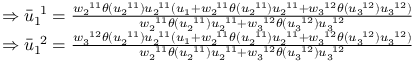
\begin{array} { r l } & { \Rightarrow \bar { u } _ { 1 \ } ^ { \ 1 } = \frac { w _ { 2 \ } ^ { \ 1 1 } \theta ( u _ { 2 \ } ^ { \ 1 1 } ) u _ { 2 \ } ^ { \ 1 1 } ( u _ { 1 } + w _ { 2 \ } ^ { \ 1 1 } \theta ( u _ { 2 \ } ^ { \ 1 1 } ) u _ { 2 \ } ^ { \ 1 1 } + w _ { 3 \ } ^ { \ 1 2 } \theta ( u _ { 3 \ } ^ { \ 1 2 } ) u _ { 3 \ } ^ { \ 1 2 } ) } { w _ { 2 \ } ^ { \ 1 1 } \theta ( u _ { 2 \ } ^ { \ 1 1 } ) u _ { 2 \ } ^ { \ 1 1 } + w _ { 3 \ } ^ { \ 1 2 } \theta ( u _ { 3 \ } ^ { \ 1 2 } ) u _ { 3 \ } ^ { \ 1 2 } } } \\ & { \Rightarrow \bar { u } _ { 1 \ } ^ { \ 2 } = \frac { w _ { 3 \ } ^ { \ 1 2 } \theta ( u _ { 2 \ } ^ { \ 1 1 } ) u _ { 2 \ } ^ { \ 1 1 } ( u _ { 1 } + w _ { 2 \ } ^ { \ 1 1 } \theta ( u _ { 2 \ } ^ { \ 1 1 } ) u _ { 2 \ } ^ { \ 1 1 } + w _ { 3 \ } ^ { \ 1 2 } \theta ( u _ { 3 \ } ^ { \ 1 2 } ) u _ { 3 \ } ^ { \ 1 2 } ) } { w _ { 2 \ } ^ { \ 1 1 } \theta ( u _ { 2 \ } ^ { \ 1 1 } ) u _ { 2 \ } ^ { \ 1 1 } + w _ { 3 \ } ^ { \ 1 2 } \theta ( u _ { 3 \ } ^ { \ 1 2 } ) u _ { 3 \ } ^ { \ 1 2 } } } \end{array}